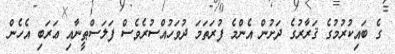
ގެ ބައިކުރުމުގެ ޤަރާރުގެ ދަށުން އެންމެ ފުރަތަމަ ދުވަހުއްސުރެވެސް ފަލަސްޠީނާއި ޢަރަބި އެހެން